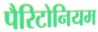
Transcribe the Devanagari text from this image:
पैरिटोनियम